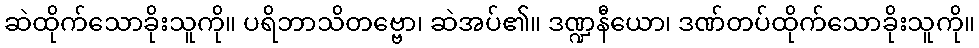
ဆဲထိုက်သောခိုးသူကို။ ပရိဘာသိတဗ္ဗော၊ ဆဲအပ်၏။ ဒဏ္ဍနီယော၊ ဒဏ်တပ်ထိုက်သောခိုးသူကို။